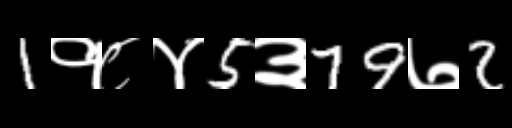
Text: 1१८४5३79७2